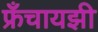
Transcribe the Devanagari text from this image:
फ्रँचायझी